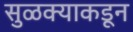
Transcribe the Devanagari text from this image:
सुळक्याकडून